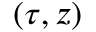
( \tau , z )